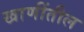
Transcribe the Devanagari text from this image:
खाणींतील